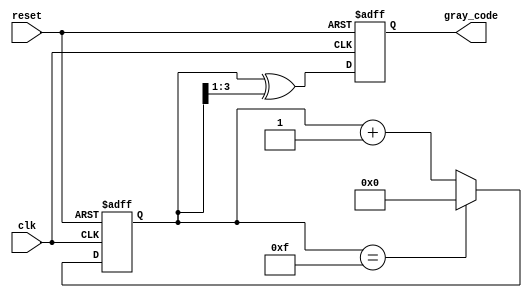
module gray_code_counter #(
    parameter n = 4 // Parameter to set the bit width of the counter
)(
    input wire clk,       // Clock signal
    input wire reset,     // Active low reset signal
    output reg [n-1:0] gray_code // Gray code output
);

    reg [n-1:0] binary_count; // Internal register to hold the binary count

    // Always block triggered on the rising edge of the clock
    always @(posedge clk or negedge reset) begin
        if (!reset) begin
            // Reset the binary count and Gray code output to zero
            binary_count <= 0;
            gray_code <= 0;
        end else begin
            // Increment the binary count
            if (binary_count == (1 << n) - 1) // Check for maximum value
                binary_count <= 0; // Wrap around to zero
            else
                binary_count <= binary_count + 1;

            // Convert binary count to Gray code
            gray_code <= binary_count ^ (binary_count >> 1);
        end
    end

endmodule